Report on the Nagpur School of Medicine, Central Provinces
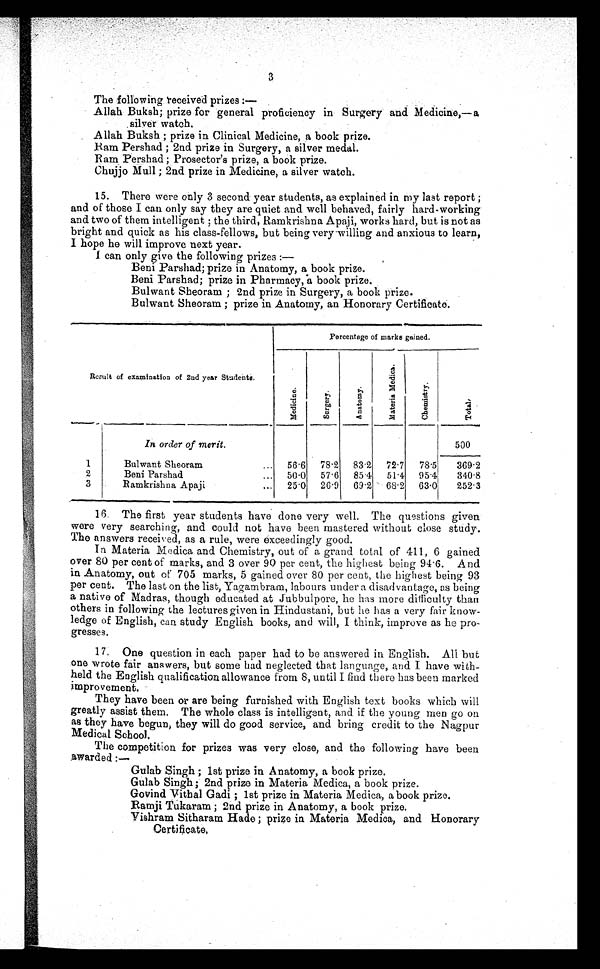
3
The following received prizes :—
Allah Buksh; prize for general proficiency in Surgery and Medicine,—a
silver watch.
Allah Buksh ; prize in Clinical Medicine, a book prize.
Ram Pershad ; 2nd prize in Surgery, a silver medal.
Ram Pershad ; Prosector's prize, a book prize.
Chujjo Mull ; 2nd prize in Medicine, a silver watch.
15. There were only 3 second year students, as explained in my last report ;
and of those I can only say they are quiet and well behaved, fairly hard-working
and two of them intelligent ; the third, Ramkrishna Apaji, works hard, but is not as
bright and quick as his class-fellows, but being very willing and anxious to learn,
I hope he will improve next year.
I can only give the following prizes :—
Beni Parshad; prize in Anatomy, a book prize.
Beni Parshad; prize in Pharmacy, a book prize.
Bulwant Sheoram ; 2nd prize in Surgery, a book prize.
Bulwant Sheoram ; prize in Anatomy, an Honorary Certificate.
Result of examination of 2nd year Students.
Percentage of marks gained.
M e d i c i n e .
S u r g e r y .
A n a t o m y .
M a t e r i a M e d i c a .
C h e m i s t r y .
T o t a l .
In order of merit.
500
1
Bulwant Sheoram
. . . 56.. 6 78..2 83.. 2
7 2 . 7
78.5
369.2
2
Beni Parshad
...
50.. 0 57..6 85.4
51.4
95.4
340.8
3
Ramkrishna Apaji
...
25.0
26.9
69.2
68.2
63.0
252.3
16. The first year students have done very well. The questions given
were very searching, and could not have been mastered without close study.
The answers received, as a rule, were exceedingly good.
In Materia Medica and Chemistry, out of a grand total of 411, 6 gained
over 80 per cent of marks, and 3 over 90 per cent, the highest being 94.6. And
in Anatomy, out of 705 marks, 5 gained over 80 per cent, the highest being 93
per cent. The last on the list, Yagambram, labours under a disadvantage, as being
a native of Madras, though educated at Jubbulpore, he has more difficulty than
others in following the lectures given in Hindustani, but he has a very fair know-
ledge of English, can study English books, and will, I think, improve as he pro-
gresses.
17. One question in each paper had to be answered in English. All but
one wrote fair answers, but some had neglected that language, and I have with-
-held the English qualification allowance from 8, until I find there has been marked
improvement.
They have been or are being furnished with English text books which will
greatly assist them. The whole class is intelligent, and if the young men go on
as they have begun, they will do good service, and bring credit to the Nagpur
Medical School.
The competition for prizes was very close, and the following have been
awarded :—
Gulab Singh ; 1st prize in Anatomy, a book prize.
Gulab Singh ; 2nd prize in Materia Medics, a book prize.
Govind Vithal Gadi ; 1st prize in Materia Medica, a book prize.
Ramji Tukaram ; 2nd prize in Anatomy, a book prize.
Vishram Sitharam Hade ; prize in Materia Medica, and Honorary
Certificate.